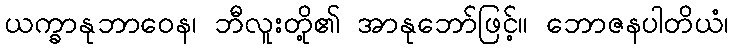
ယက္ခာနုဘာဝေန၊ ဘီလူးတို့၏ အာနုဘော်ဖြင့်။ ဘောဇနပါတိယံ၊